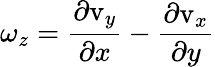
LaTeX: \mathbf{\omega}_{z}=\frac{\partial\mathrm{v}_{y}}{\partial x}-\frac{\partial\mathrm{v}_{x}}{\partial y}